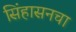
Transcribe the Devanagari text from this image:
सिंहासनचा